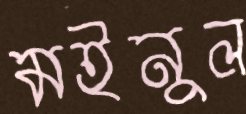
মইনুল